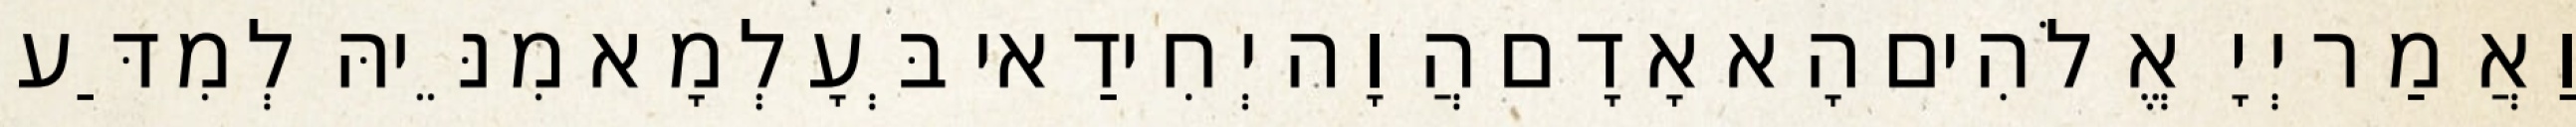
וַאֲמַר יְיָ אֱלֹהִים הָא אָדָם הֲוָה יְחִידַאי בְּעָלְמָא מִנֵּיהּ לְמִדַּע